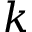
k